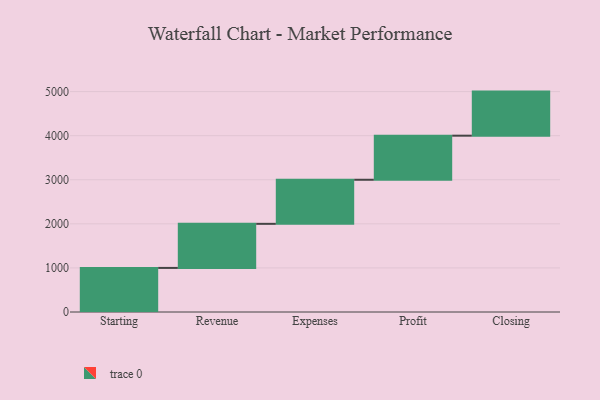
{"axis": {"x": "Step", "y": "Value"}, "legend": [""], "data": [{"x": "Starting", "y": 1000, "type": ""}, {"x": "Revenue", "y": 1000, "type": ""}, {"x": "Expenses", "y": 1000, "type": ""}, {"x": "Profit", "y": 1000, "type": ""}, {"x": "Closing", "y": 1000, "type": ""}]}